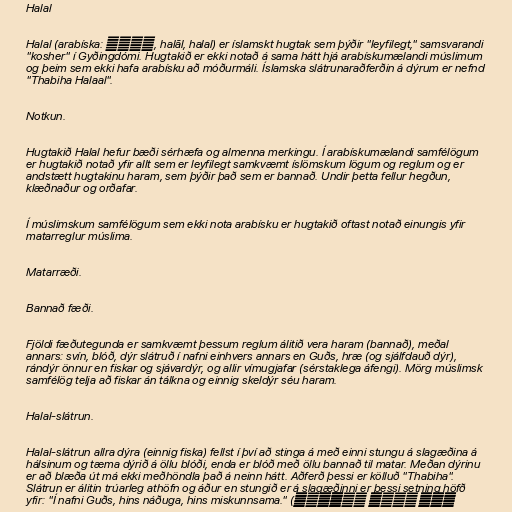
Halal

Halal (arabíska: حلال, halāl, halal) er íslamskt hugtak sem þýðir "leyfilegt," samsvarandi
"kosher" í Gyðingdómi. Hugtakið er ekki notað á sama hátt hjá arabískumælandi múslimum
og þeim sem ekki hafa arabísku að móðurmáli. Íslamska slátrunaraðferðin á dýrum er nefnd
"Thabiha Halaal".

Notkun.

Hugtakið Halal hefur bæði sérhæfa og almenna merkingu. Í arabískumælandi samfélögum
er hugtakið notað yfir allt sem er leyfilegt samkvæmt íslömskum lögum og reglum og er
andstætt hugtakinu haram, sem þýðir það sem er bannað. Undir þetta fellur hegðun,
klæðnaður og orðafar.

Í múslimskum samfélögum sem ekki nota arabísku er hugtakið oftast notað einungis yfir
matarreglur múslima.

Matarræði.

Bannað fæði.

Fjöldi fæðutegunda er samkvæmt þessum reglum álitið vera haram (bannað), meðal
annars: svín, blóð, dýr slátruð í nafni einhvers annars en Guðs, hræ (og sjálfdauð dýr),
rándýr önnur en fiskar og sjávardýr, og allir vímugjafar (sérstaklega áfengi). Mörg múslimsk
samfélög telja að fiskar án tálkna og einnig skeldýr séu haram.

Halal-slátrun.

Halal-slátrun allra dýra (einnig fiska) fellst í því að stinga á með einni stungu á slagæðina á
hálsinum og tæma dýrið á öllu blóði, enda er blóð með öllu bannað til matar. Meðan dýrinu
er að blæða út má ekki meðhöndla það á neinn hátt. Aðferð þessi er kölluð "Thabiha".
Slátrun er álitin trúarleg athöfn og áður en stungið er á slagæðinni er þessi setning höfð
yfir: "Í nafni Guðs, hins náðuga, hins miskunnsama." (بِسْمِ اللهِ الرَّحْمنِ